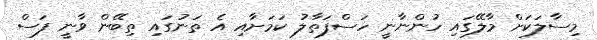
މިސާލަކަށް މާލޭގައި ހުންނާނީ ހަސްފަތާލު ކަމަށާއި އެ ތަނުގައި ތިބޭން ވާނީ ފަސް